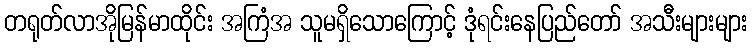
တရုတ်လာအိုမြန်မာထိုင်း အကြံအ သူမရှိသောကြောင့် ဒုံရင်းနေပြည်တော် အသီးများများ